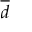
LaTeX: \overline { { d } }